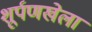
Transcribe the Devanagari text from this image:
शूर्पणखेला